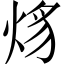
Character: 𤉒